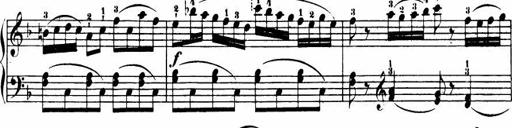
Title: Le bouquetier
Composer: Anton Diabelli
Key: G major
 C major
 F major
 C major